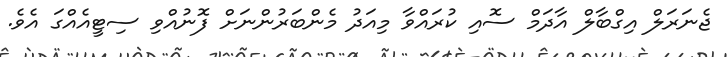
ޖެނަރަލް އިގްބާލް އާދަމް ސޮއި ކުރައްވާ މިއަދު މެންބަރުންނަށް ފޮނުއްވި ސިޓީއެއްގަ އެވެ.